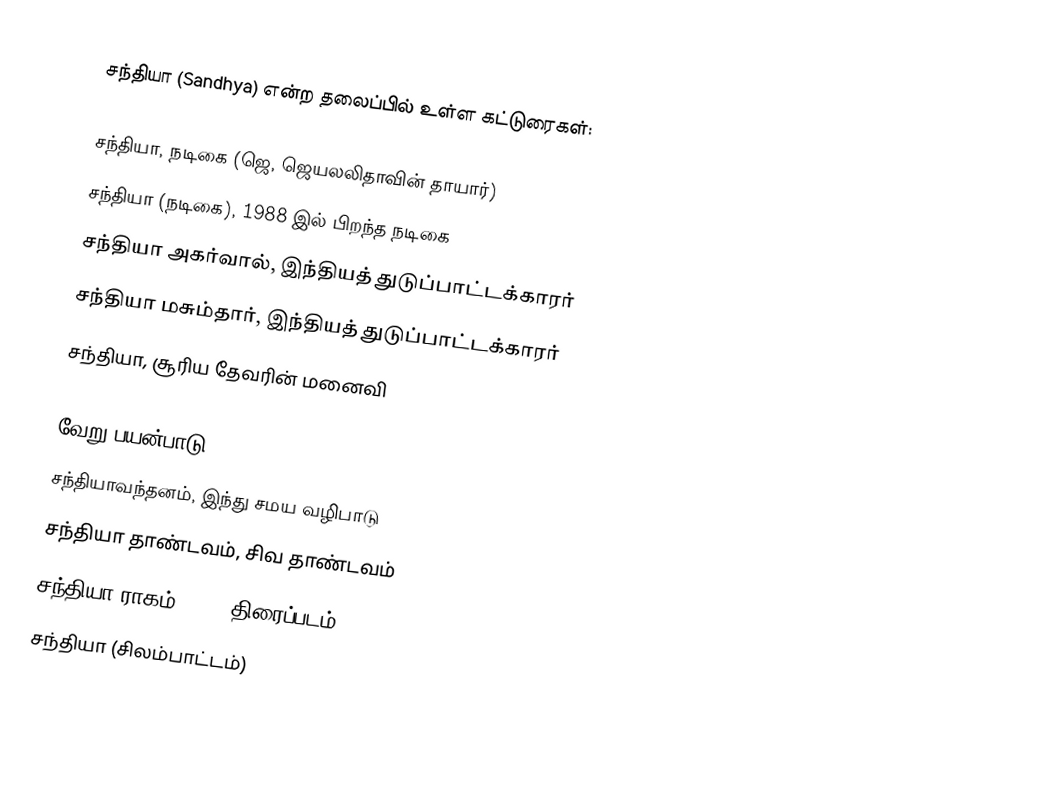
சந்தியா (Sandhya) என்ற தலைப்பில் உள்ள கட்டுரைகள்:

 சந்தியா, நடிகை (ஜெ, ஜெயலலிதாவின் தாயார்)
 சந்தியா (நடிகை), 1988 இல் பிறந்த நடிகை
 சந்தியா அகர்வால், இந்தியத் துடுப்பாட்டக்காரர்
 சந்தியா மசும்தார், இந்தியத் துடுப்பாட்டக்காரர்
சந்தியா, சூரிய தேவரின் மனைவி

வேறு பயன்பாடு
சந்தியாவந்தனம், இந்து சமய வழிபாடு
சந்தியா தாண்டவம், சிவ தாண்டவம்
சந்தியா ராகம், 1989 திரைப்படம்
சந்தியா (சிலம்பாட்டம்)